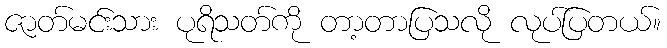
ဇာတ်မင်းသား ပုရိသတ်ကို တာ့တာပြသလို လုပ်ပြတယ်။